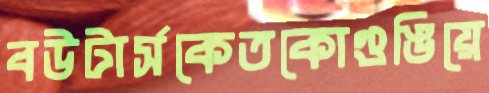
বউটার্সকেতকোগুঙিয়ে